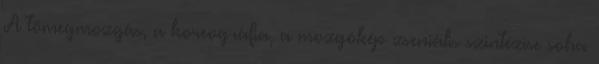
A tömegmozgás, a koreográfia, a mozgókép zseniális szintézise soha